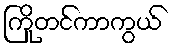
ကြိုတင်ကာကွယ်